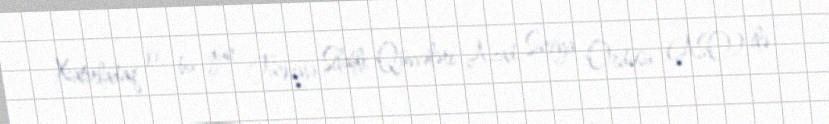
Xatırladaq ki, bu gün Türkiyə Silahlı Qüvvələri Azad Suriya Ordusu (ASO) ilə